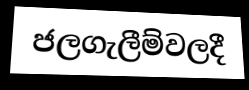
ජලගැලීම්වලදී